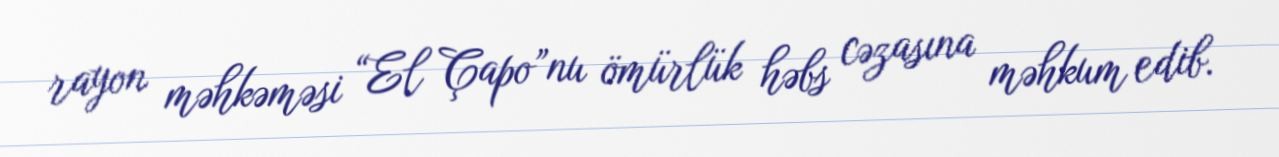
rayon məhkəməsi “El Çapo”nu ömürlük həbs cəzasına məhkum edib.